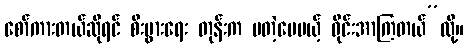
စော်ကားတယ်ဆိုရင် စီးပွားရေး တုန်းက မတဲ့ပေမယ့် ဝိုင်းအာကြတယ်”လို့။